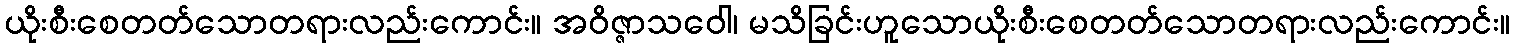
ယိုးစီးစေတတ်သောတရားလည်းကောင်း။ အဝိဇ္ဇာသဝေါ၊ မသိခြင်းဟူသောယိုးစီးစေတတ်သောတရားလည်းကောင်း။